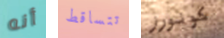
أنه تتساقط كونورز